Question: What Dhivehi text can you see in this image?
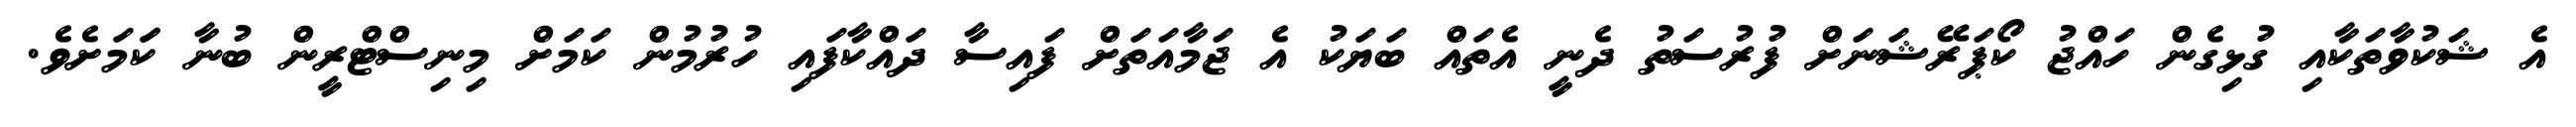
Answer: އެ ޝަކުވާތަކާއި ގުޅިގެން ހައްޖު ކޯޕަރޭޝަނަށް ފުރުސަތު ދެނީ އެތައް ބަޔަކު އެ ޖަމާއަތަށް ފައިސާ ދައްކާފައި ހުރުމުން ކަމަށް މިނިސްޓްރީން ބުނާ ކަަމަށެވެ.